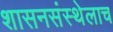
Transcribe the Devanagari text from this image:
शासनसंस्थेलाच